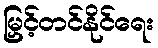
မြှင့်တင်နိုင်ရေး